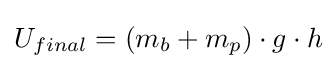
U_{final}=(m_{b}+m_{p})\cdot g\cdot h